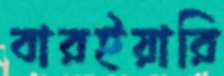
বারইয়ারি